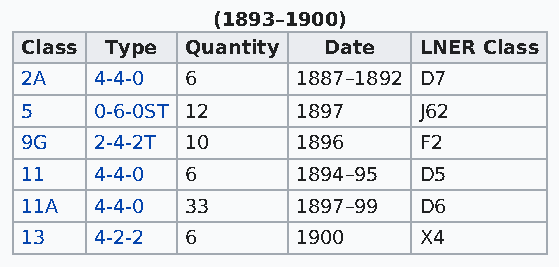
(1893–1900)
 Class Type Quantity Date   LNER Class
 2A   4-4-0 6       1887–1892 D7
 5    0-6-0ST 12    1897    J62
 9G   2-4-2T 10     1896    F2
 11   4-4-0 6       1894–95 D5
 11A  4-4-0 33      1897–99 D6
 13   4-2-2 6       1900    X4